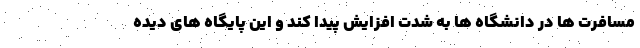
مسافرت ها در دانشگاه ها به شدت افزایش پیدا کند و این پایگاه های دیده